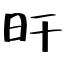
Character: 旰